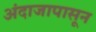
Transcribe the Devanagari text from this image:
अंदाजापासून